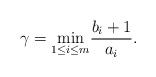
LaTeX: \begin{align*}\gamma = \underset{1 \le i\le m}{\rm min} \frac {b_i + 1}{a_i}.\end{align*}